Report on vaccination in Madras 1895-1903 - 1895-1903
Year: 1895
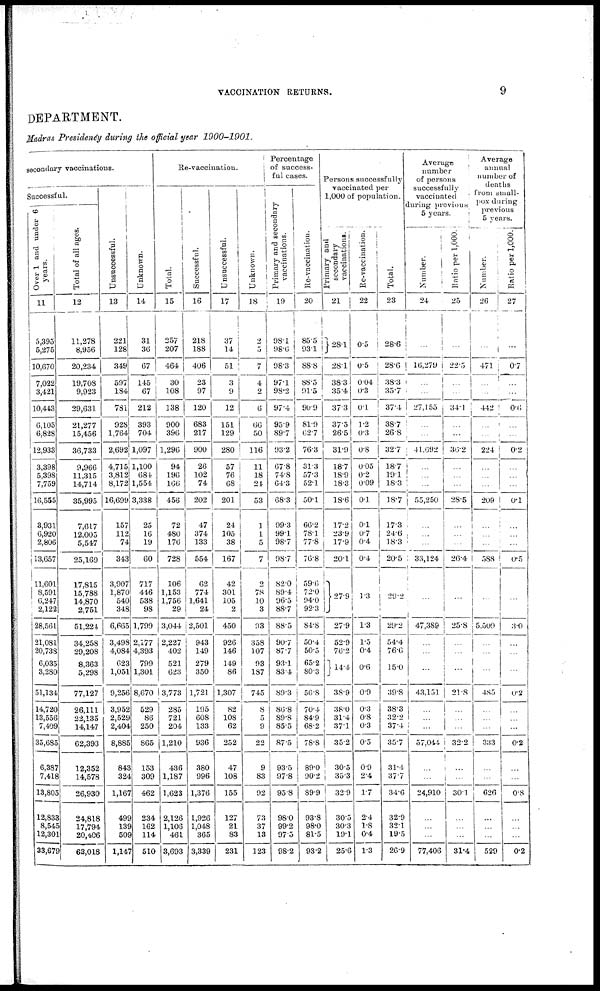
VACCINATION RETURNS.
9
DEPARTMENT.
Madras Presidency during the official year 1900-1901.
secondary vaccinations.
Successful.
Over 1 and under 6
years.
11
5,395
5,275
10,670
7,022
3,421
10,443
6,105
6,828
12,933
3,398
5,398
7,759
16,555
3,931
6,920
2,806
13,657
11,601
8,591
6,247
2,122
28,561
21,081
20,738
6,035
3,280
51,134
14,720
13,556
7,409
35,685
6,387
7,418
13,805
12,833
8,545
12,301
33,679
Total of all ages.
12
11,278
8,956
20,234
19,708
9,923
29,631
21,277
15,456
36,733
9,966
11,315
14,714
35,995
7,617
12,005
5,547
25,169
17,815
15,788
14,870
2,751
51,224
34,258
29,208
8,363
5,298
77,127
26,111
22,135
14,147
62,393
12,352
14,578
26,930
24,818
17,794
20,406
63,018
Unsuccessful.
13
221
128
349
597
184
781
928
1,764
2,692
4,715
3,812
8,172
16,699
157
112
74
343
3,907
1,870
540
348
6,665
3,498
4,084
623
1,051
9,256
3,952
2,529
2,404
8,885
843
324
1,167
499
139
509
1,147
Unknown.
14
31
36
67
145
67
212
393
704
1,097
1,100
684
1,554
3,338
25
16
19
60
717
446
538
98
1,799
2,177
4,393
799
1,301
8,670
529
86
250
865
153
309
462
234
162
114
510
Re-vaccination.
Total.
15
257
207
464
30
108
138
900
396
1,296
94
196
166
456
72
480
176
728
106
1,153
1,756
29
3,044
2,227
402
521
623
3,773
285
721
204
1,210
436
1,187
1,623
2,126
1,106
461
3,693
Successful.
16
218
188
406
23
97
120
683
217
900
26
102
74
202
47
374
133
554
62
774
1,641
24
2,501
943
149
279
350
1,721
195
608
133
936
380
996
1,376
1,926
1,048
365
3,339
Unsuccessful.
17
37
14
51
3
9
12
151
129
280
57
76
68
201
24
105
38
167
42
301
105
2
450
926
146
149
86
1,307
82
108
62
252
47
108
155
127
21
83
231
Unknown.
18
2
5
7
4
2
6
66
50
116
11
18
21
53
1
1
5
7
2
78
10
3
93
358
107
93
187
745
8
5
9
22
9
83
92
73
37
13
123
Percentage
of success-
ful cases.
Primary and secondary
vaccinations.
19
98.1
98.6
98.3
97.1
98.2
97.4
95.9
89.7
93.2
67.8
74.8
64.3
68.3
99.3
99.1
98.7
98.7
82.0
89.4
96.5
88.7
88.5
90.7
87.7
93.1
83.4
89.3
86.8
89.8
85.5
87.5
93.5
97.8
95.8
98.0
99.2
97.5
98.2
Re-vaccination.
20
85.5
93.1
88.8
88.5
91.5
90.9
81.9
62.7
76.3
31.3
57.3
52.1
50.1
66.2
78.1
77.8
76.8
59.6
72.0
94.0
92.3
84.8
50.4
50.5
65.2
80.3
56.8
70.4
84.9
68.2
78.8
89.0
90.2
89.9
93.8
98.0
81.5
93.2
Persons successfully
vaccinated per
1,000 of population.
Primary and
secondary
vaccinations.
21
28.1
28.1
38.3
35.4
37.3
37.5
26.5
31.9
18.7
18.9
18.3
18.6
17.2
23.9
17.9
20.1
27.9
27.9
52.9
76.2
14.4
38.9
38.0
31.4
37.1
35.2
30.5
35.3
32.9
30.5
30.3
19.1
25.6
Re-vaccination.
22
0.5
0.5
0.04
0.3
0.1
1.2
0.3
0.8
0.05
0.2
0.09
0.1
0.1
0.7
0.4
0.4
1.3
1.3
1.5
0.4
0.6
0.9
0.3
0.8
0.3
0.5
0.9
2.4
1.7
2.4
1.8
0.4
1.3
Total.
23
28.6
28.6
38.3
35.7
37.4
38.7
26.8
32.7
18.7
19.1
18.3
18.7
17.3
24.6
18.3
20.5
29.2
29.2
54.4
76.6
15.0
39.8
38.3
32.2
37.4
35.7
31.1
37.7
34.6
32.9
32.1
19.5
26.9
Average
number
of persons
successfully
vaccinated
during previous
5 years.
Number.
24
...
16,279
...
...
27,155
...
...
41,692
...
...
...
55,250
...
...
...
33,124
...
47,389
...
...
...
43,151
...
...
...
57,044
...
...
24,910
...
...
...
77,406
Ratio per 1,000.
25
...
22.5
...
...
34.1
...
...
36.2
...
...
...
28.5
...
...
...
26.4
...
25.8
...
...
...
21.8
...
...
...
32.2
...
...
30.1
...
...
...
31.4
Average
annual
number of
deaths
from small-
pox during
previous
5 years.
Number.
26
...
471
...
...
442
...
...
224
...
...
...
209
...
...
...
588
...
5,509
...
...
...
485
...
...
...
333
...
...
626
...
...
...
529
Ratio per 1,000.
27
...
0.7
...
...
0.6
...
...
0.2
...
...
...
0.1
...
...
...
0.5
...
3.0
...
...
...
0.2
...
...
...
0.2
...
...
0.8
...
...
...
0.2